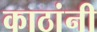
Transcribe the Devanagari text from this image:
काठांनी